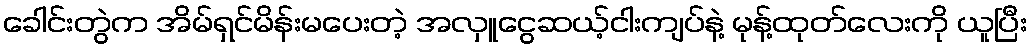
ခေါင်းတွဲက အိမ်ရှင်မိန်းမပေးတဲ့ အလှူငွေဆယ့်ငါးကျပ်နဲ့ မုန့်ထုတ်လေးကို ယူပြီး